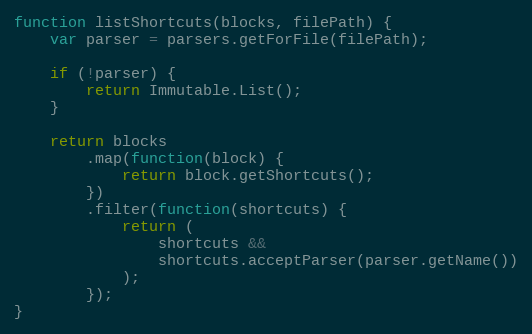
Language: JavaScript
function listShortcuts(blocks, filePath) {
    var parser = parsers.getForFile(filePath);

    if (!parser) {
        return Immutable.List();
    }

    return blocks
        .map(function(block) {
            return block.getShortcuts();
        })
        .filter(function(shortcuts) {
            return (
                shortcuts &&
                shortcuts.acceptParser(parser.getName())
            );
        });
}